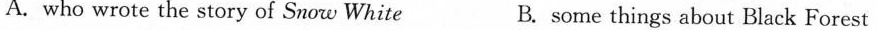
A.who wrote the story of Snow White B. some things about Black Forest